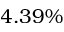
4 . 3 9 \%